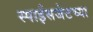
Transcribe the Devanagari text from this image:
स्पाईसजेटच्या